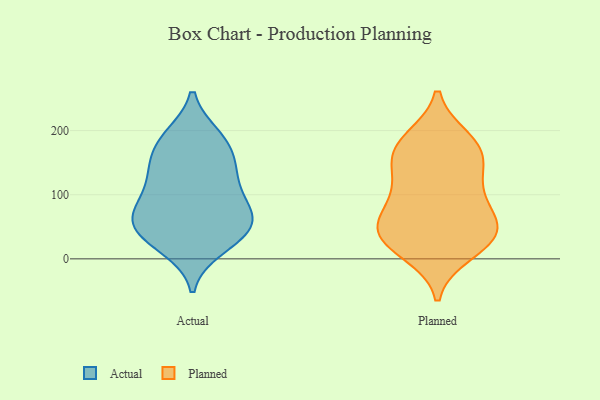
{"axis": {"x": "Production Output", "y": "Value"}, "legend": ["Actual", "Planned"], "data": [{"x": "", "y": 28, "type": "Actual"}, {"x": "", "y": 114, "type": "Actual"}, {"x": "", "y": 17, "type": "Actual"}, {"x": "", "y": 114, "type": "Actual"}, {"x": "", "y": 53, "type": "Actual"}, {"x": "", "y": 69, "type": "Actual"}, {"x": "", "y": 99, "type": "Actual"}, {"x": "", "y": 140, "type": "Actual"}, {"x": "", "y": 60, "type": "Actual"}, {"x": "", "y": 155, "type": "Actual"}, {"x": "", "y": 181, "type": "Actual"}, {"x": "", "y": 53, "type": "Actual"}, {"x": "", "y": 191, "type": "Actual"}, {"x": "", "y": 150, "type": "Actual"}, {"x": "", "y": 28, "type": "Actual"}, {"x": "", "y": 65, "type": "Actual"}, {"x": "", "y": 68, "type": "Actual"}, {"x": "", "y": 191, "type": "Actual"}, {"x": "", "y": 154, "type": "Planned"}, {"x": "", "y": 46, "type": "Planned"}, {"x": "", "y": 29, "type": "Planned"}, {"x": "", "y": 55, "type": "Planned"}, {"x": "", "y": 177, "type": "Planned"}, {"x": "", "y": 114, "type": "Planned"}, {"x": "", "y": 155, "type": "Planned"}, {"x": "", "y": 11, "type": "Planned"}, {"x": "", "y": 185, "type": "Planned"}, {"x": "", "y": 29, "type": "Planned"}, {"x": "", "y": 41, "type": "Planned"}, {"x": "", "y": 91, "type": "Planned"}, {"x": "", "y": 50, "type": "Planned"}, {"x": "", "y": 172, "type": "Planned"}, {"x": "", "y": 101, "type": "Planned"}]}